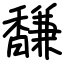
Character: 馦